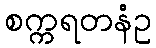
စက္ကရတနံဥ